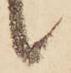
候